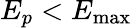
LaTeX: E_{p}<E_{\operatorname*{max}}